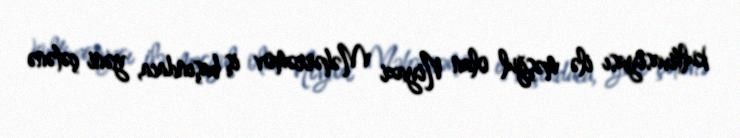
kultivasiyası ilə məşğul olan Niyazi Məhərrəmov iş başındaca, yəni çətənə